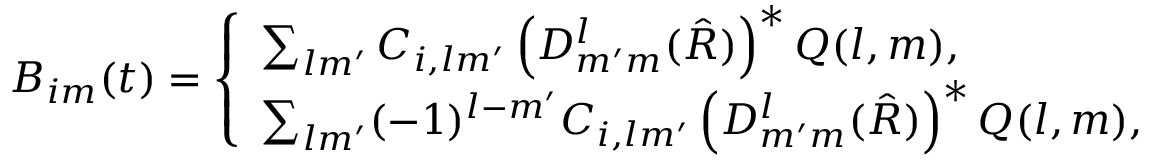
\begin{array} { r } { B _ { i m } ( t ) = \left\{ \begin{array} { l l } { \sum _ { l m ^ { \prime } } C _ { i , l m ^ { \prime } } \left( D _ { m ^ { \prime } m } ^ { l } ( \hat { R } ) \right) ^ { \ast } Q ( l , m ) , } \\ { \sum _ { l m ^ { \prime } } ( - 1 ) ^ { l - m ^ { \prime } } C _ { i , l m ^ { \prime } } \left( D _ { m ^ { \prime } m } ^ { l } ( \hat { R } ) \right) ^ { \ast } Q ( l , m ) , } \end{array} \right. } \end{array}